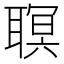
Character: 䏃